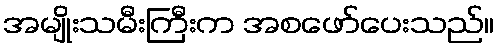
အမျိုးသမီးကြီးက အစဖော်ပေးသည်။